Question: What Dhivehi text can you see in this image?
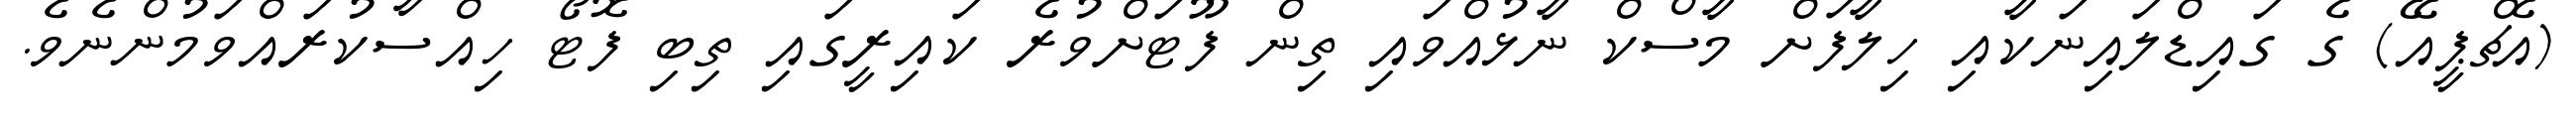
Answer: (އެޗްޕީއޭ) ގެ ގައިޑްލައިނަކާއި ހިލާފަށް މާސްކް ނާޅުއްވައި ތިން ފޫޓަށްވުރެ ކައިރީގައި ތިބި ފޮޓޯ ހިއްސާކުރައްވަމުންނެވެ.